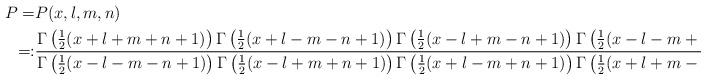
\begin{align*}P=&P(x,l,m,n)\\=:&\frac{\Gamma\left(\frac 12(x+l+m+n+1)\right)\Gamma\left(\frac 12(x+l-m-n+1)\right)\Gamma\left(\frac 12(x-l+m-n+1)\right)\Gamma\left(\frac 12(x-l-m+n+1)\right)}{\Gamma\left(\frac 12(x-l-m-n+1)\right)\Gamma\left(\frac 12(x-l+m+n+1)\right)\Gamma\left(\frac 12(x+l-m+n+1)\right)\Gamma\left(\frac 12(x+l+m-n+1)\right)}.\end{align*}